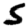
Digit: 5